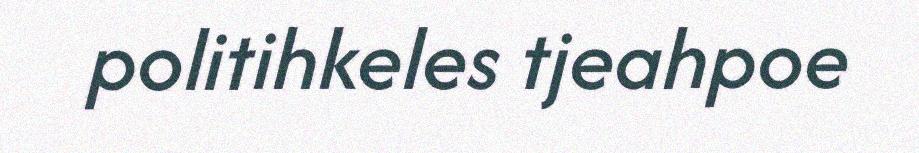
politihkeles tjeahpoe